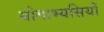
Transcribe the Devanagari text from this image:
योगाभ्यसियों